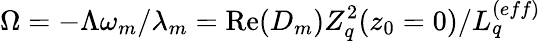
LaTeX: \Omega=-\Lambda\omega_{m}/\lambda_{m}=\operatorname{Re}(D_{m})Z_{q}^{2}(z_{0}=0)/L_{q}^{(eff)}